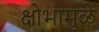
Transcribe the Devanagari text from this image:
क्षोभामुळे